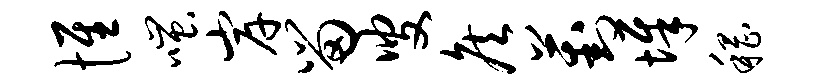
惟嗤岸留叟侯葑墀稽